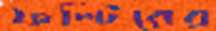
ফল্টিরের